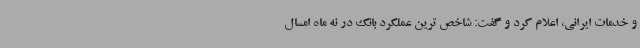
و خدمات ایرانی، اعلام کرد و گفت: شاخص ترین عملکرد بانک در نه ماه امسال